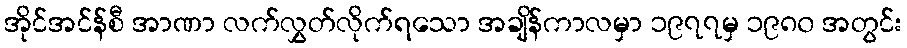
အိုင်အင်န်စီ အာဏာ လက်လွှတ်လိုက်ရသော အချိန်ကာလမှာ ၁၉၇၇မှ ၁၉၈၀ အတွင်း